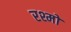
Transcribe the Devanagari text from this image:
रश्मों